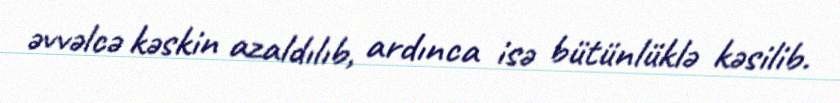
əvvəlcə kəskin azaldılıb, ardınca isə bütünlüklə kəsilib.